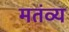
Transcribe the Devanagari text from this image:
मतंव्य